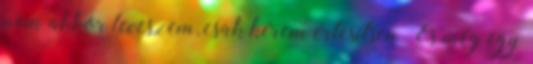
nem akkor leveszem, csak kérem értesítsen És még egy